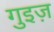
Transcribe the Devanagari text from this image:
गुइज़